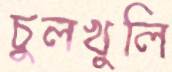
চুলখুলি